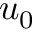
u _ { 0 }